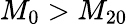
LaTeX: M_{0}>M_{20}